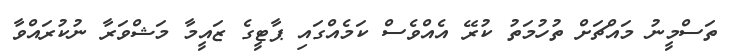
ތަސްމީނު މައްޗަށް ތުހުމަތު ކުރޭ އެއްވެސް ކަމެއްގައި ޕާޓީގެ ޒައީމާ މަޝްވަރާ ނުކުރައްވާ